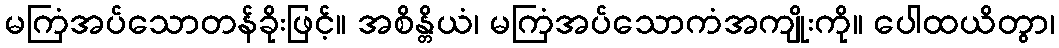
မကြံအပ်သောတန်ခိုးဖြင့်။ အစိန္တိယံ၊ မကြံအပ်သောကံအကျိုးကို။ ပေါထယိတွာ၊